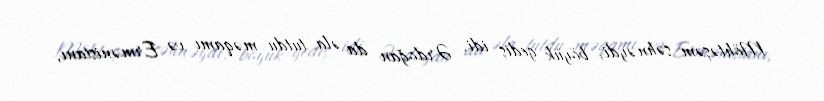
Möhtəşəm səhnəydi, böyük gediş idi. Ərdoğan da əla tutdu məqamı və Ermənistanı,